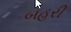
બહરી